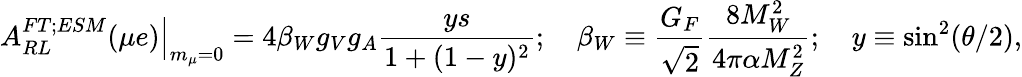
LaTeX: \left.A_{RL}^{FT;ESM}(\mu e)\right\vert_{m_{\mu}=0}=4\beta_{W}g_{V}g_{A}\frac{ys}{1+(1-y)^{2}};\quad\beta_{W}\equiv\frac{G_{F}}{\sqrt{2}}\frac{8M_{W}^{2}}{4\pi\alpha M_{Z}^{2}};\quad y\equiv\sin^{2}(\theta/2),